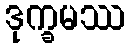
ဒုက္ခမဿ